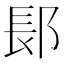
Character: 𬪆